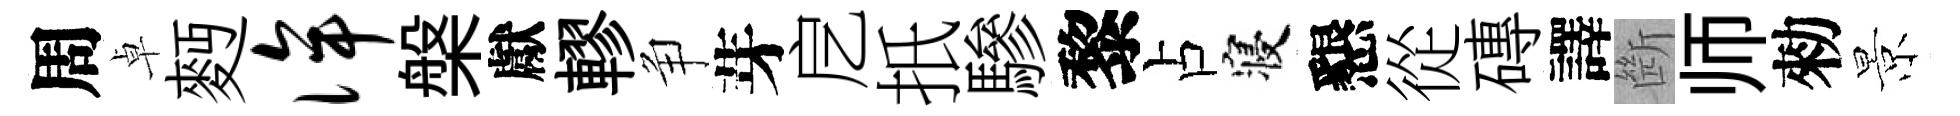
周卓麪侔槃獻轇争芽戹扺驂黎占寝懇從磚譯㫁师勑景